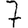
Digit: 7